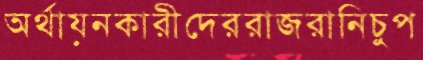
অর্থায়নকারীদেররাজরানিচুপ